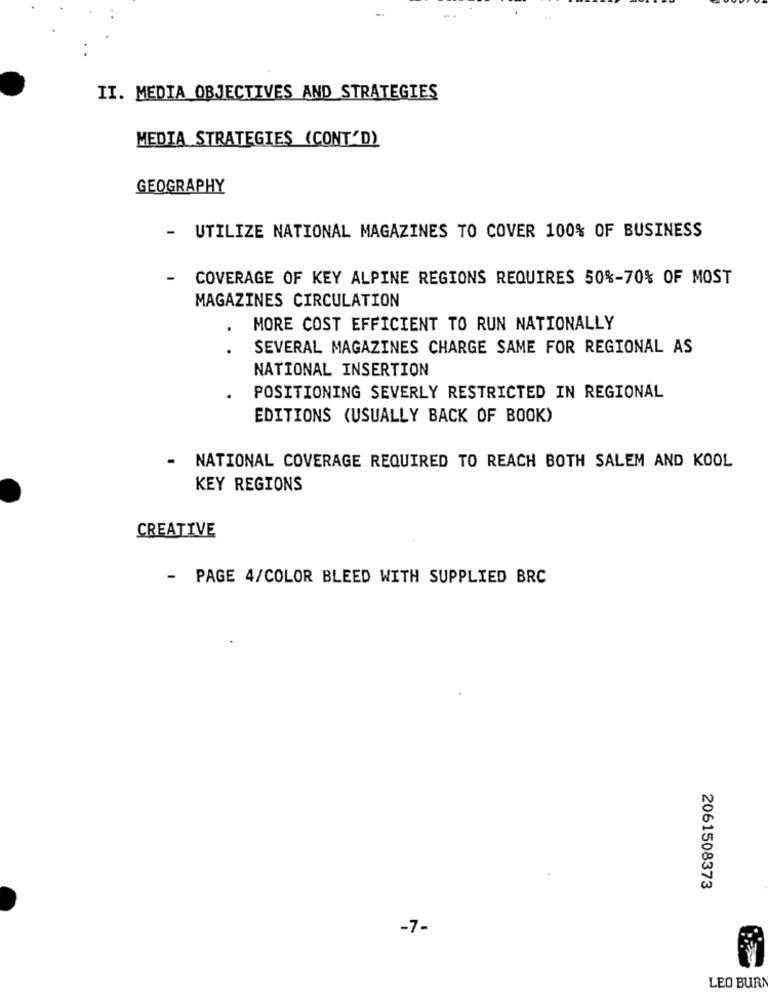
II. MEDIA OBJECTIVES AND STRATEGIES
MEDIA STRATEGIES (CONT'D)
GEOGRAPHY
- UTILIZE NATIONAL MAGAZINES TO COVER 100% OF BUSINESS
-
COVERAGE OF KEY ALPINE REGIONS REQUIRES 50%-70% OF MOST
MAGAZINES CIRCULATION
.
MORE COST EFFICIENT TO RUN NATIONALLY
.
SEVERAL MAGAZINES CHARGE SAME FOR REGIONAL AS
NATIONAL INSERTION
POSITIONING SEVERLY RESTRICTED IN REGIONAL
EDITIONS (USUALLY BACK OF BOOK)
NATIONAL COVERAGE REQUIRED TO REACH BOTH SALEM AND KOOL
KEY REGIONS
CREATIVE
-
PAGE 4/COLOR BLEED WITH SUPPLIED BRC
2061508373
-7-
LEO BURD